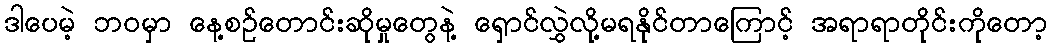
ဒါပေမဲ့ ဘဝမှာ နေ့စဉ်တောင်းဆိုမှုတွေနဲ့ ရှောင်လွှဲလို့မရနိုင်တာကြောင့် အရာရာတိုင်းကိုတော့